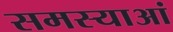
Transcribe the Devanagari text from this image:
समस्याआं